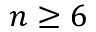
n \ge 6